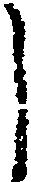
し